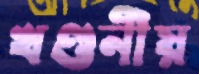
খণ্ডনীয়